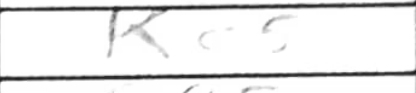
Transcription: Kc5